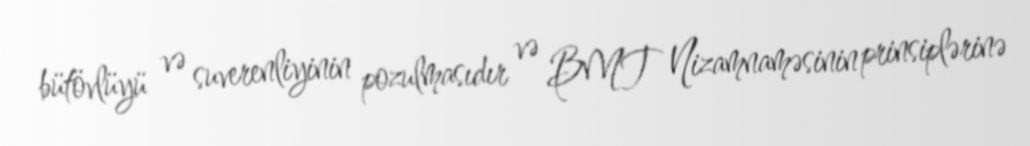
bütövlüyü və suverenliyinin pozulmasıdır və BMT Nizamnaməsinin prinsiplərinə